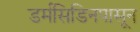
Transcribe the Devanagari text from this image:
डर्मसिडिनपासून